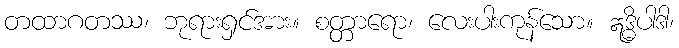
တထာဂတဿ၊ ဘုရားရှင်အား။ စတ္တာရော၊ လေးပါးကုန်သော။ ဣဒ္ဓိပါဒါ၊